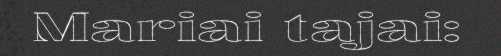
Mariai tajai: